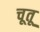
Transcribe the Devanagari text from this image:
चूतू